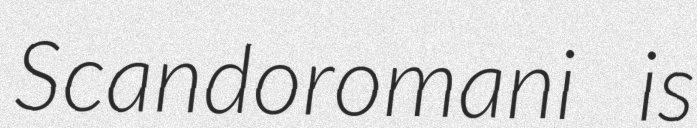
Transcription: Scandoromani is